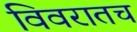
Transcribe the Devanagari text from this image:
विवरातच